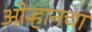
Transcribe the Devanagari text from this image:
ओऱ्हानचा